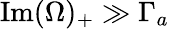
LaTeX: \textrm{Im}(\Omega)_{+}\gg\Gamma_{a}